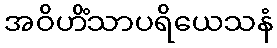
အဝိဟိံသာပရိယေသနံ